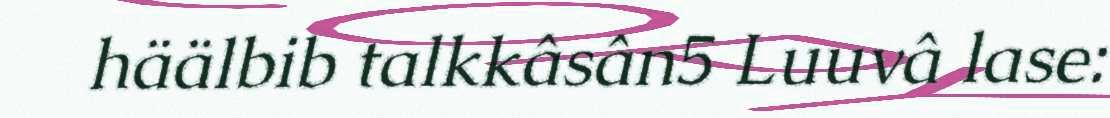
häälbib talkkâsân5 Luuvâ lase: